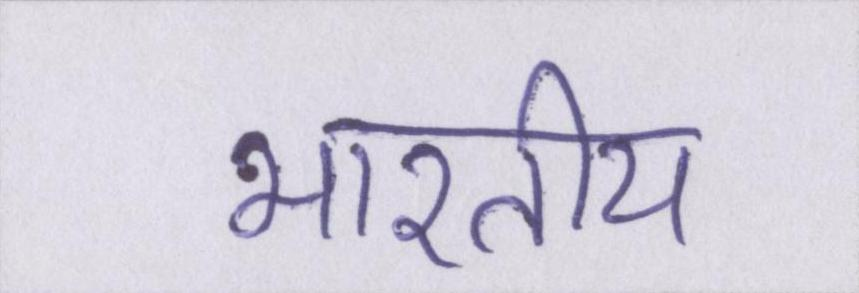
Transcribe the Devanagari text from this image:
भारतीय